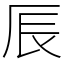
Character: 𠩐